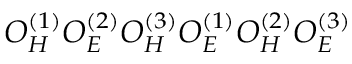
O _ { H } ^ { ( 1 ) } O _ { E } ^ { ( 2 ) } O _ { H } ^ { ( 3 ) } O _ { E } ^ { ( 1 ) } O _ { H } ^ { ( 2 ) } O _ { E } ^ { ( 3 ) }